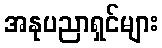
အနုပညာရှင်များ